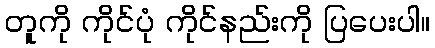
တူကို ကိုင်ပုံ ကိုင်နည်းကို ပြပေးပါ။